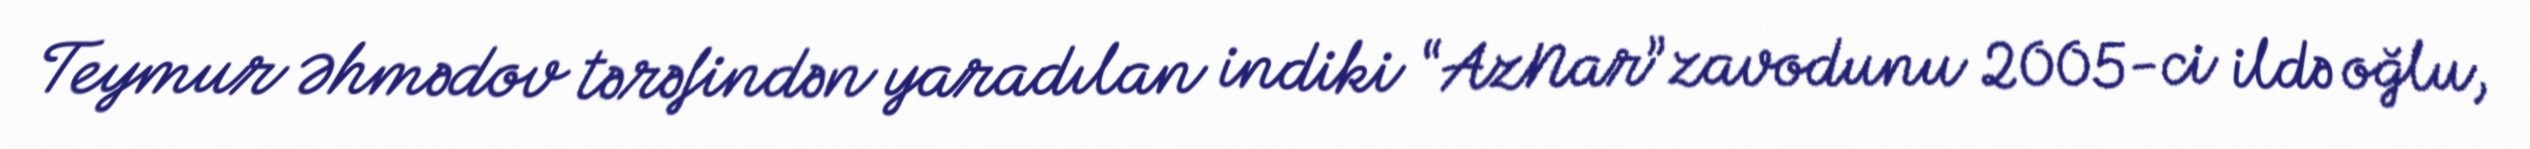
Teymur Əhmədov tərəfindən yaradılan indiki “AzNar” zavodunu 2005-ci ildə oğlu,